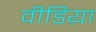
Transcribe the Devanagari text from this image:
वीडिय़ा